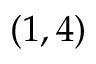
( 1 , 4 )